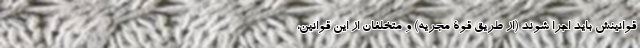
قوانینش باید اجرا شوند (از طریق قوۀ مجریه) و متخلفان از این قوانین،